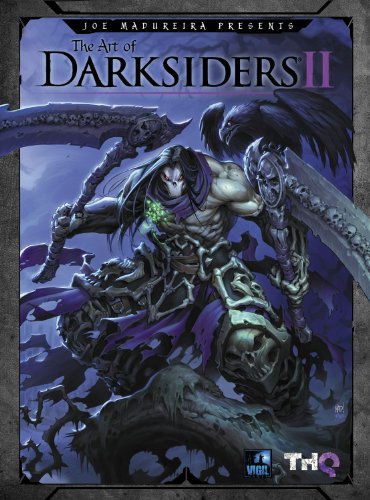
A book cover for The Art of Darksiders II (Art of Darksiders SC); Thq; Arts & Photography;